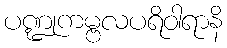
ပဏ္ဍုကမ္ဗလပရိဝါရာနိ